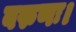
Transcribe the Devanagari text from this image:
वरुणः।